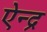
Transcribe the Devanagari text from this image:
ऐन्‍द्र